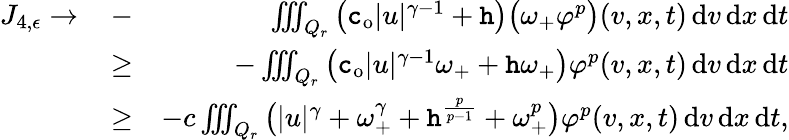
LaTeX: \begin{array}{rlr}{J_{4,\epsilon}\to\, }&{-}&{\, \iiint_{Q_{r}}\big(\textup{\texttt{c}}_{\mathrm{o}}\lvert u\rvert^{\gamma-1}+\textup{\texttt{h}}\big)\big(\omega_{+}\varphi^{p}\big)(v,x,t)\, \mathrm{d}v\, \mathrm{d}x\, \mathrm{d}t}\\ &{\ge}&{-\iiint_{Q_{r}}\big(\textup{\texttt{c}}_{\mathrm{o}}\lvert u\rvert^{\gamma-1}\omega_{+}+\textup{\texttt{h}}\omega_{+}\big)\varphi^{p}(v,x,t)\, \mathrm{d}v\, \mathrm{d}x\, \mathrm{d}t}\\ &{\ge}&{-c\iiint_{Q_{r}}\big(\lvert u\rvert^{\gamma}+\omega_{+}^{\gamma}+\textup{\texttt{h}}^{\frac{p}{p-1}}+\omega_{+}^{p}\big)\varphi^{p}(v,x,t)\, \mathrm{d}v\, \mathrm{d}x\, \mathrm{d}t,}\end{array}